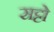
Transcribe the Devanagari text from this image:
सट्टो